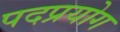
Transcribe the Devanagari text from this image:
पदप्रयोग